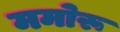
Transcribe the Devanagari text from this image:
ममोरू